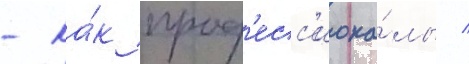
- ка́к проф'есс'иона́лы /